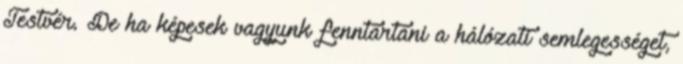
Testvér. De ha képesek vagyunk fenntartani a hálózati semlegességet,